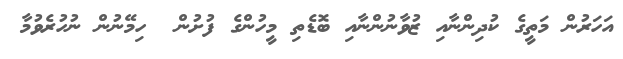
އަހަރުން މަތީގެ ކުދިންނާއި ޒުވާނުންނާއި ބޮޑެތި މީހުންގެ ފުށުން  ހިމޭނުން ނުހުރެވުމާ